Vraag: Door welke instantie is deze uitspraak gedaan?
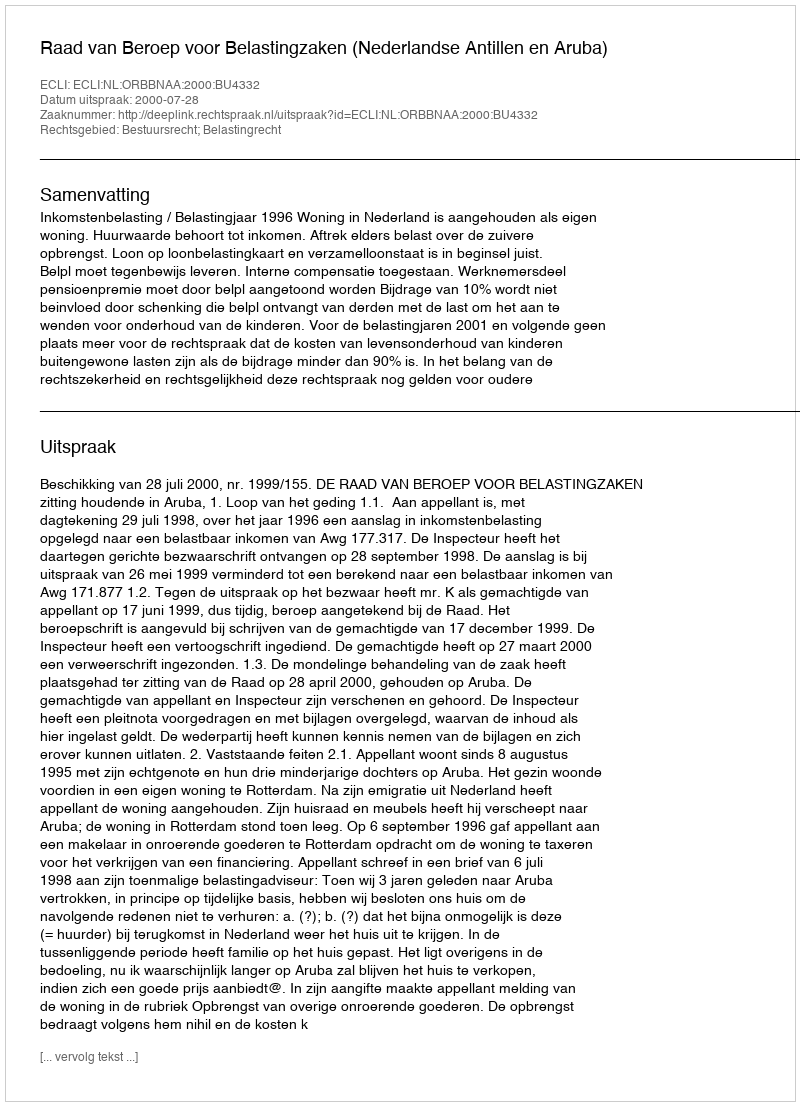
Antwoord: Raad van Beroep voor Belastingzaken (Nederlandse Antillen en Aruba)